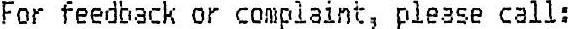
FOR FEEDBACK OR COMPLAINT, PLEASE CALL: